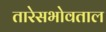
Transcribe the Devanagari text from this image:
तारेसभोवताल